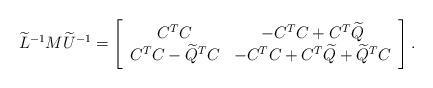
LaTeX: \begin{align*}\widetilde{L}^{-1}M\widetilde{U}^{-1}=\left[ \begin{array}{cc}C^{T}C & -C^{T}C+C^{T}\widetilde{Q}\\C^{T}C-\widetilde{Q}^{T}C & -C^{T}C+C^{T}\widetilde{Q}+\widetilde{Q}^{T}C\end{array} \right].\end{align*}